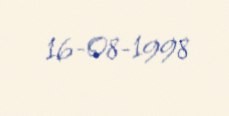
16-08-1998